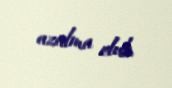
azalma olub.